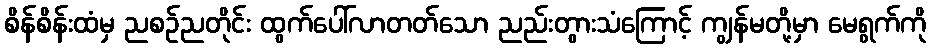
စိန်စိန်းထံမှ ညစဉ်ညတိုင်း ထွက်ပေါ်လာတတ်သော ညည်းတွားသံကြောင့် ကျွန်မတို့မှာ မေရွက်ကို